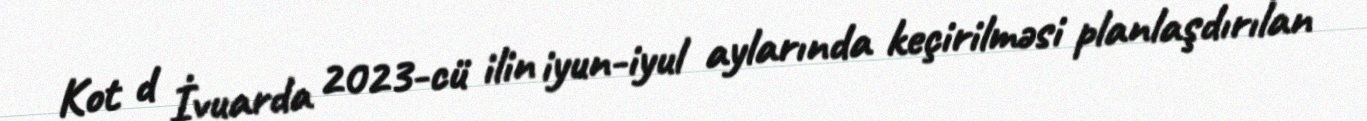
Kot d İvuarda 2023-cü ilin iyun-iyul aylarında keçirilməsi planlaşdırılan